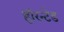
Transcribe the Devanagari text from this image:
हॉरन्टेड